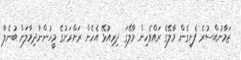
ޒަމާނުއްސުރެ ފެށިގެން މާލޭގެ ރައްވެހިން މާލޭގަ ދިރިއުޅޭ އެހެން ރަށްރަށުގެ މީހުންނާދިމާލަށް ބުނެލާ